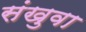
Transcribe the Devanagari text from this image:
संखुवा